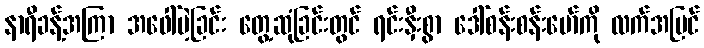
နာရီခန့်အကြာ အဖေါ်မဲ့ခြင်း တွေ့ဆုံခြင်းတွင် ရင်းနှီးစွာ ဒေါ်စန်းစန်းမော်ကို လက်အပြင်